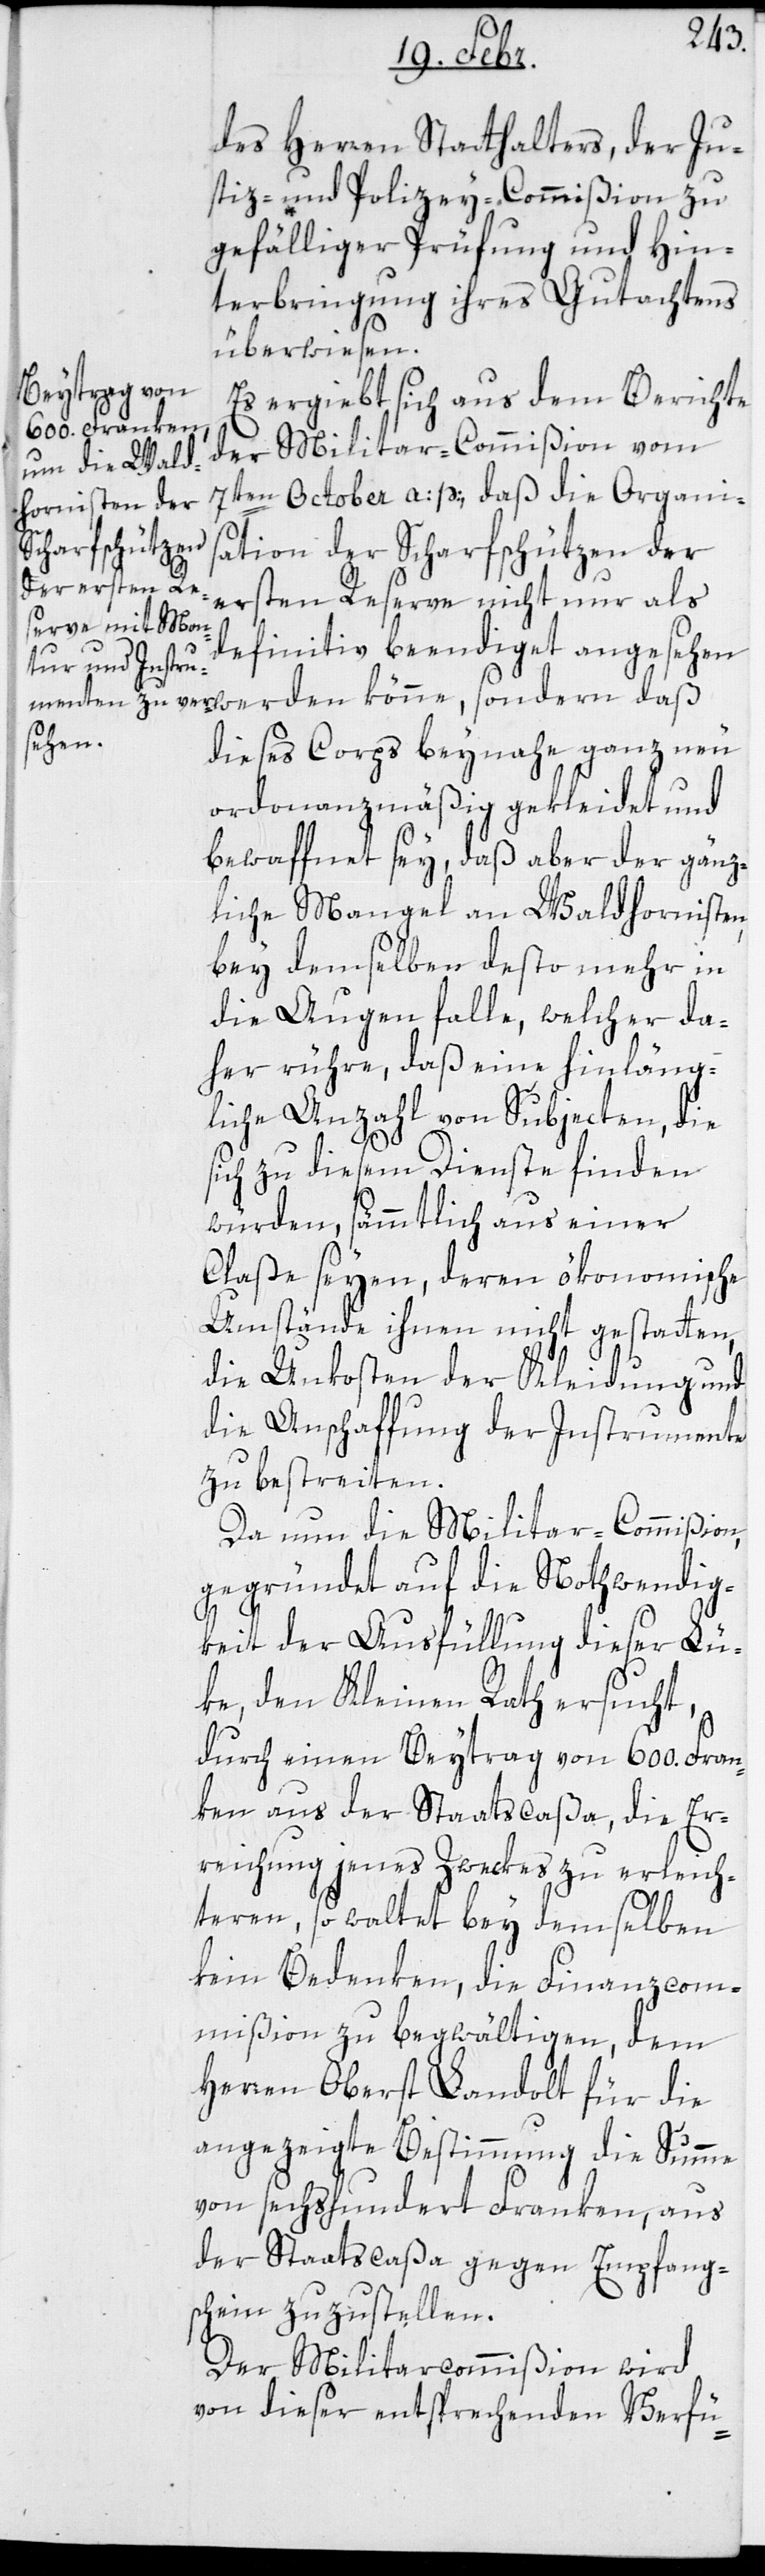
des Herren Statthalters, der Ju¬
stiz- und Polizey-Commißion zu
gefälliger Prüfung und Hin¬
terbringung ihres Gutachtens,
überwiesen.
Es ergibt sich aus dem Berichte
der Militaircommißion vom
7ten October a: p:, daß die Organi¬
sation der Scharfschützen der
ersten Reserve nicht nur als
definitv beendiget angesehen
werden könne, sondern daß
dieses Corps beynahe ganz neu
ordonnanzmäßig gekleidet und
bewaffnet sey, daß aber der gänz¬
liche Mangel an Waldhornisten
bey demselben desto mehr in
die Augen falle, welcher da¬
her rühre, daß eine hinläng¬
liche Anzahl von Subjecten, die
sich zu diesem Dienste finden
würden, sämmtlich aus einer
Claße seyen, deren ökonomische
Umstände ihnen nicht gestatten,
die Unkosten der Kleidung und
die Anschaffung der Instrumente
zu bestreiten.
Da nun die Militar-Commißion,
gegründet auf die Nothwendig¬
keit der Ausfüllung dieser Lü¬
ke, den Kleinen Rath ersucht,
durch einen Beitrag von 600. Fran¬
ken aus der Staatscaßa, die Er¬
reichung jenes Zweckes zu erleich¬
teren, so waltet bey demselben
kein Bedenken, die Finanzcom¬
mißion zu begwältigen, dem
Herren Oberst Landolt für die
angezeigte Bestimmung die Summe
von sechshundert Franken aus
der Staatscaßa gegen Empfang¬
schein zuzustellen.
Der Militarcommißion wird
von dieser entsprechenden Verfü-